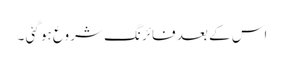
اس کے بعد فائرنگ شروع ہو گئی ۔